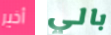
أخير بالي